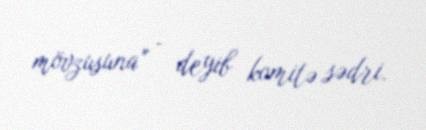
mövzusuna” - deyib komitə sədri.